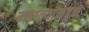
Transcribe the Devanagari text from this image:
महाल्यांकडून